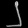
Digit: ၂